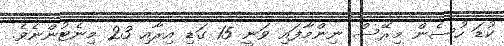
ކުޑަ ހުސެން މިރޭސް ނިންމާފައި ވަނީ 15 ގަޑި އިރާއި 23 މިނެޓުންނެވެ.